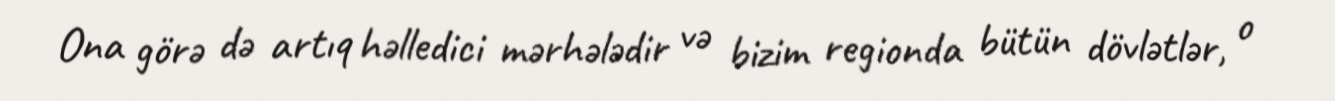
Ona görə də artıq həlledici mərhələdir və bizim regionda bütün dövlətlər, o